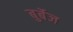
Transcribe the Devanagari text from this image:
बुर्बेज